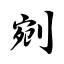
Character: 剜